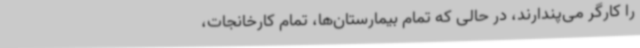
را کارگر می‌پندارند، در حالی که تمام بیمارستان‌ها، تمام کارخانجات،